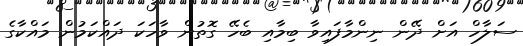
ސަލާހް އަށް ދޭން ނިންމާފައިވާ ބިމާއި ބެހޭ ގޮތުން ވާހަކަ ދައްކަމުން މައްކާގެ